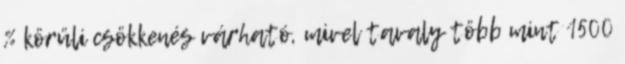
% körüli csökkenés várható, mivel tavaly több mint 1500